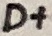
Text: D+